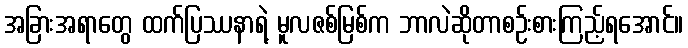
အခြားအရာတွေ ထက်ပြဿနာရဲ့ မူလဇစ်မြစ်က ဘာလဲဆိုတာစဉ်းစားကြည့်ရအောင်။